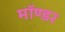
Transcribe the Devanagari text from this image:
मॉण्डर